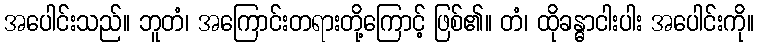
အပေါင်းသည်။ ဘူတံ၊ အကြောင်းတရားတို့ကြောင့် ဖြစ်၏။ တံ၊ ထိုခန္ဓာငါးပါး အပေါင်းကို။